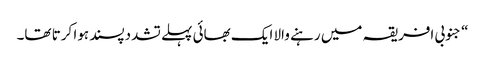
‏“‏ جنوبی افریقہ میں رہنے والا ایک بھائی پہلے تشددپسند ہوا کرتا تھا۔